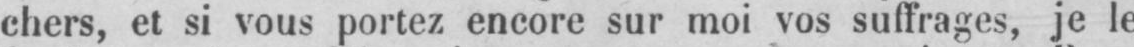
chers, et si vous portez encore sur moi vos suffrages, je le